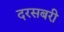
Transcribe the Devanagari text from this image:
दरसबरी